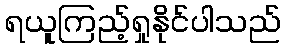
ရယူကြည့်ရှုနိုင်ပါသည်